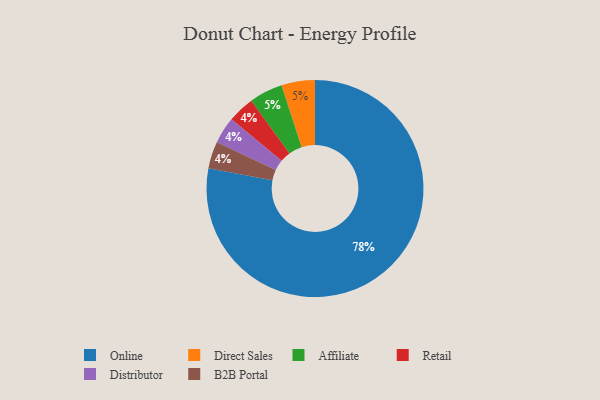
{"axis": {"x": "Category", "y": "Percentage"}, "legend": ["Affiliate", "B2B Portal", "Direct Sales", "Distributor", "Online", "Retail"], "data": [{"x": "Direct Sales", "y": 5, "type": "Direct Sales"}, {"x": "Affiliate", "y": 5, "type": "Affiliate"}, {"x": "Retail", "y": 4, "type": "Retail"}, {"x": "Distributor", "y": 4, "type": "Distributor"}, {"x": "B2B Portal", "y": 4, "type": "B2B Portal"}, {"x": "Online", "y": 78, "type": "Online"}]}